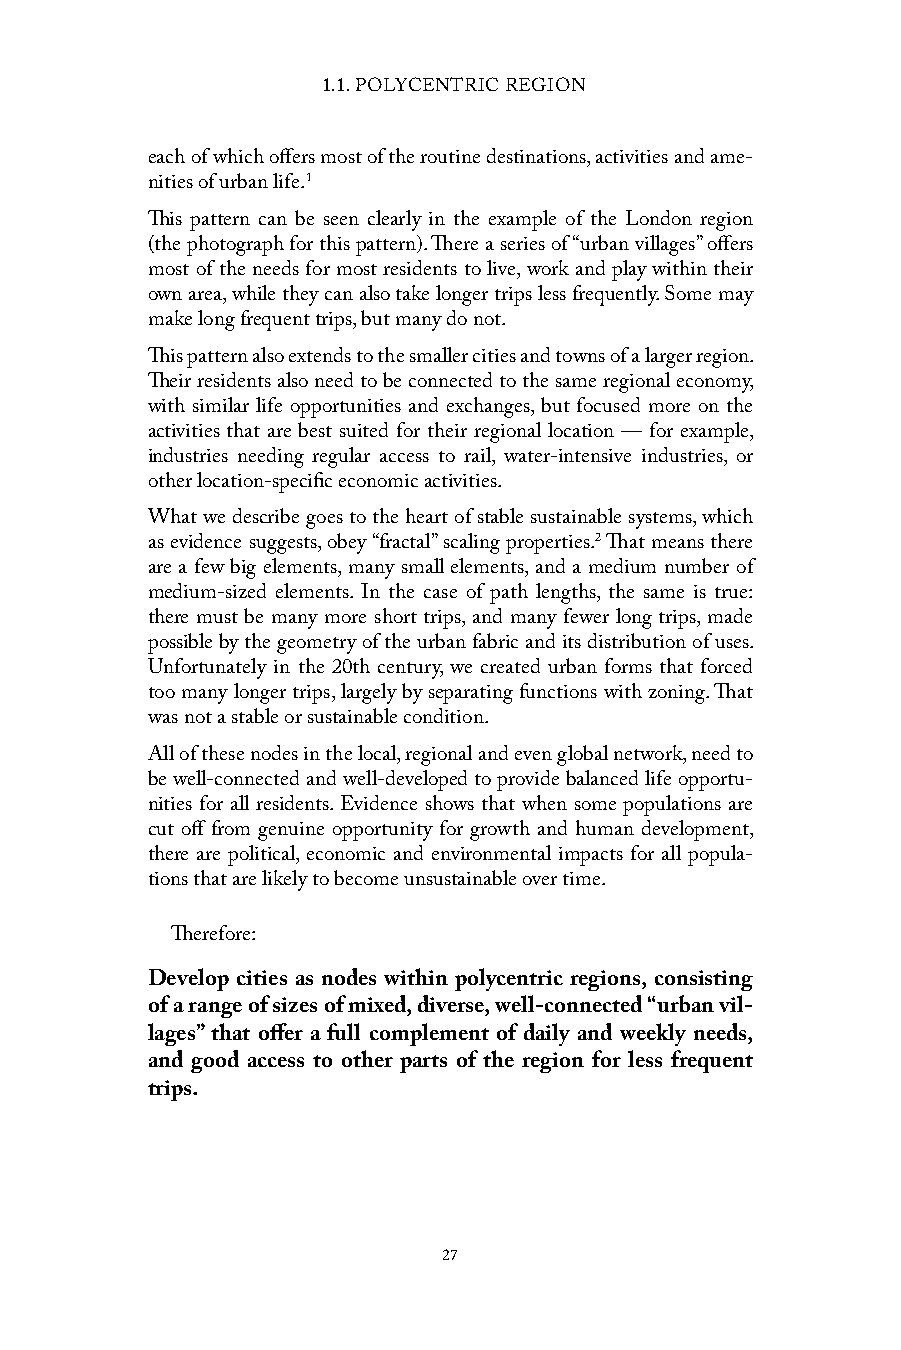
1.1. POLYCENTRIC REGION
 each of which offers most of the routine destinations, activities and ame-
 nities of urban life.1
 This pattern can be seen clearly in the example of the London region
 (the photograph for this pattern). There a series of “urban villages” offers
 most of the needs for most residents to live, work and play within their
 own area, while they can also take longer trips less frequently. Some may
 make long frequent trips, but many do not.
 This pattern also extends to the smaller cities and towns of a larger region.
 Their residents also need to be connected to the same regional economy,
 with similar life opportunities and exchanges, but focused more on the
 activities that are best suited for their regional location — for example,
 industries needing regular access to rail, water-intensive industries, or
 other location-specific economic activities.
 What we describe goes to the heart of stable sustainable systems, which
 as evidence suggests, obey “fractal” scaling properties.2 That means there
 are a few big elements, many small elements, and a medium number of
 medium-sized elements. In the case of path lengths, the same is true:
 there must be many more short trips, and many fewer long trips, made
 possible by the geometry of the urban fabric and its distribution of uses.
 Unfortunately in the 20th century, we created urban forms that forced
 too many longer trips, largely by separating functions with zoning. That
 was not a stable or sustainable condition.
 All of these nodes in the local, regional and even global network, need to
 be well-connected and well-developed to provide balanced life opportu-
 nities for all residents. Evidence shows that when some populations are
 cut off from genuine opportunity for growth and human development,
 there are political, economic and environmental impacts for all popula-
 tions that are likely to become unsustainable over time.
 Therefore:
 Develop cities as nodes within polycentric regions, consisting
 of a range of sizes of mixed, diverse, well-connected “urban vil-
 lages” that offer a full complement of daily and weekly needs,
 and good access to other parts of the region for less frequent
 trips.
 27